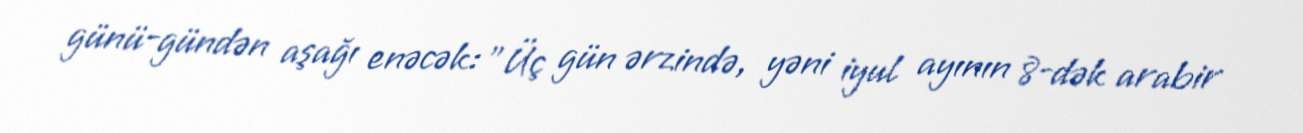
günü-gündən aşağı enəcək: "Üç gün ərzində, yəni iyul ayının 8-dək arabir